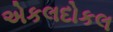
એકલદોકલ